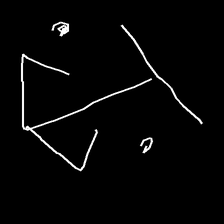
Glyph: earth